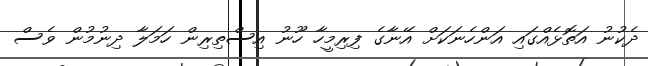
ދެކުނު އަތޮޅެއްގައި އަންހެނަކަށް އޭނާގެ ފިރިމީހާ ހޫނު އިސްތިރިން ހަމަލާ ދިނުމުން ވެސް